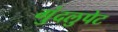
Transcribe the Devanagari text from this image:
गुंदलुपेट